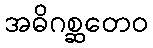
အဓိဂစ္ဆတေဝ